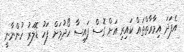
އެފަދަ އިމާރާތްތައް ކައިރި އަށް ގޮސް ފައިސާ ހޯދުމަށް ފަހު ޑޮލަރު ހުންނާނީ